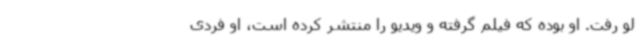
لو رفت. او بوده که فیلم گرفته و ویدیو را منتشر کرده است، او فردی